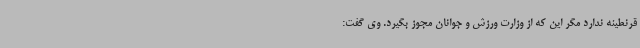
قرنطینه ندارد مگر این که از وزارت ورزش و جوانان مجوز بگیرد. وی گفت: